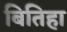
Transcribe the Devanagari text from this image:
बितिहा